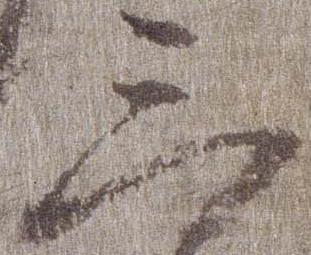
三